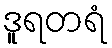
ဒူရတရံ